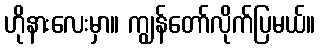
ဟိုနားလေးမှာ။ ကျွန်တော်လိုက်ပြမယ်။